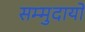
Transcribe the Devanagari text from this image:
सम्मुदायों